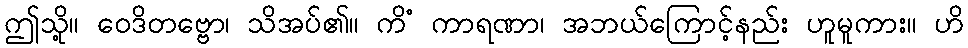
ဤသို့။ ဝေဒိတဗ္ဗော၊ သိအပ်၏။ ကိံ ကာရဏာ၊ အဘယ်ကြောင့်နည်း ဟူမူကား။ ဟိ